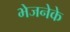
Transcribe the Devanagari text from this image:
भेजनेके